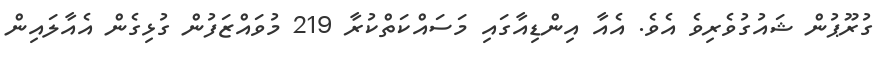
ގުރޫޕުން ޝައުގުވެރިވެ އެވެ. އެއާ އިންޑިއާގައި މަސައްކަތްކުރާ 219 މުވައްޒަފުން ގުޅިގެން އެއާލައިން